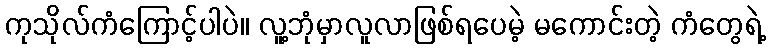
ကုသိုလ်ကံကြောင့်ပါပဲ။ လူ့ဘုံမှာလူလာဖြစ်ရပေမဲ့ မကောင်းတဲ့ ကံတွေရဲ့